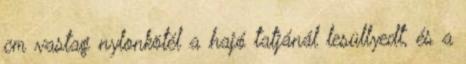
cm vastag nylonkötél a hajó tatjánál lesüllyedt, és a